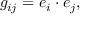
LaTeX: g _ { i j } = e _ { i } \cdot e _ { j } ,